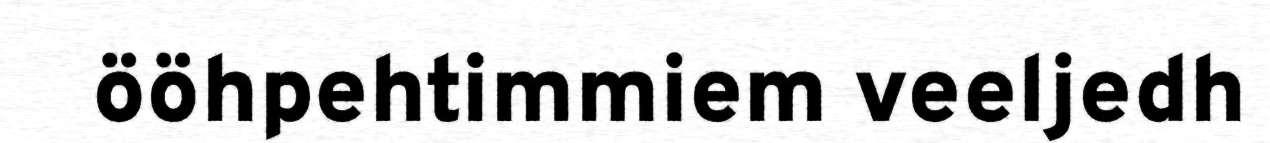
ööhpehtimmiem veeljedh